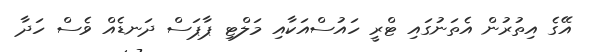
އޭގެ އިތުރުން އެތަނުގައި ޓްރީ ހައުސްއަކާއި މަލްޓި ޕާޕަސް ދަނޑެއް ވެސް ހަދާ